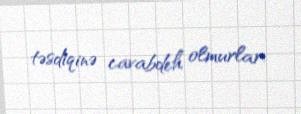
təsdiqinə cavabdeh olmurlar.